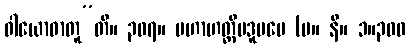
ဝါယောဓာတူ”တိ။ ၃၀၇။ မဟာဟတ္ထိပဒူပမေ (မ။ နိ။ ၁။၃၀၀